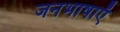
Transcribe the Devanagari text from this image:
जनभाषाएँ